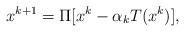
LaTeX: \begin{align*}x^{k+1}=\Pi[x^k-\alpha_k T(x^k)],\end{align*}